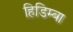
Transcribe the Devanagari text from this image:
हिडिम्‍बा